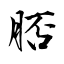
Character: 脴